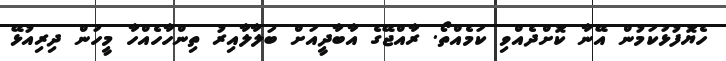
ހެޔޮފުޅުކަމުން އޭނާ ކޮށްދެއްވި ކަމެއްތޯ. ރާއްޖޭގެ އާބާދީއަށް ބަލާލާއިރު ތިންހާހެއްހާ މީހުން ދިރިއުޅޭ